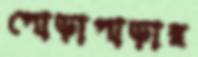
পোড়াপাড়ার